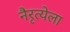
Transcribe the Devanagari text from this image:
नैरृत्येला